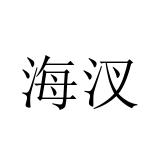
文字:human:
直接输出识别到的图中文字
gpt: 海汊